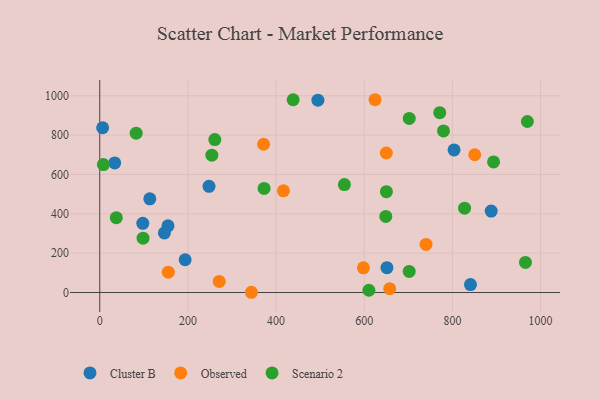
{"axis": {"x": "Study Hours", "y": "Exam Score"}, "legend": ["Cluster B", "Observed", "Scenario 2"], "data": [{"x": "154.8", "y": 338.7, "type": "Cluster B"}, {"x": "97.6", "y": 351.7, "type": "Cluster B"}, {"x": "494.9", "y": 977.2, "type": "Cluster B"}, {"x": "841.0", "y": 40.3, "type": "Cluster B"}, {"x": "113.6", "y": 476.2, "type": "Cluster B"}, {"x": "146.6", "y": 302.9, "type": "Cluster B"}, {"x": "6.5", "y": 837.3, "type": "Cluster B"}, {"x": "33.9", "y": 658.7, "type": "Cluster B"}, {"x": "193.7", "y": 166.4, "type": "Cluster B"}, {"x": "651.5", "y": 126.2, "type": "Cluster B"}, {"x": "888.0", "y": 413.8, "type": "Cluster B"}, {"x": "247.9", "y": 539.5, "type": "Cluster B"}, {"x": "803.8", "y": 724.4, "type": "Cluster B"}, {"x": "650.1", "y": 709.0, "type": "Observed"}, {"x": "416.7", "y": 517.0, "type": "Observed"}, {"x": "657.8", "y": 19.4, "type": "Observed"}, {"x": "624.5", "y": 979.7, "type": "Observed"}, {"x": "155.5", "y": 103.5, "type": "Observed"}, {"x": "271.0", "y": 56.3, "type": "Observed"}, {"x": "850.7", "y": 700.0, "type": "Observed"}, {"x": "740.2", "y": 244.4, "type": "Observed"}, {"x": "371.7", "y": 753.4, "type": "Observed"}, {"x": "598.1", "y": 125.7, "type": "Observed"}, {"x": "344.0", "y": 1.2, "type": "Observed"}, {"x": "438.7", "y": 979.5, "type": "Scenario 2"}, {"x": "779.8", "y": 821.4, "type": "Scenario 2"}, {"x": "8.2", "y": 650.3, "type": "Scenario 2"}, {"x": "610.6", "y": 11.5, "type": "Scenario 2"}, {"x": "254.3", "y": 698.0, "type": "Scenario 2"}, {"x": "555.0", "y": 548.4, "type": "Scenario 2"}, {"x": "827.6", "y": 428.6, "type": "Scenario 2"}, {"x": "372.8", "y": 528.9, "type": "Scenario 2"}, {"x": "893.4", "y": 663.4, "type": "Scenario 2"}, {"x": "702.0", "y": 107.2, "type": "Scenario 2"}, {"x": "702.1", "y": 884.8, "type": "Scenario 2"}, {"x": "650.3", "y": 512.2, "type": "Scenario 2"}, {"x": "98.2", "y": 276.1, "type": "Scenario 2"}, {"x": "965.7", "y": 153.1, "type": "Scenario 2"}, {"x": "82.6", "y": 809.7, "type": "Scenario 2"}, {"x": "771.3", "y": 913.8, "type": "Scenario 2"}, {"x": "970.1", "y": 869.0, "type": "Scenario 2"}, {"x": "648.9", "y": 386.9, "type": "Scenario 2"}, {"x": "37.5", "y": 380.3, "type": "Scenario 2"}, {"x": "261.0", "y": 777.4, "type": "Scenario 2"}]}